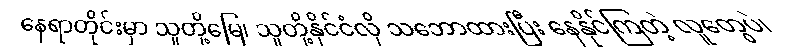
နေရာတိုင်းမှာ သူတို့မြေ၊ သူတို့နိုင်ငံလို သဘောထားပြီး နေနိုင်ကြတဲ့ လူတွေပဲ၊